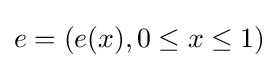
e=(e(x),0\leq x\leq 1)